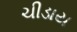
ચીડાય